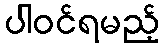
ပါဝင်ရမည့်